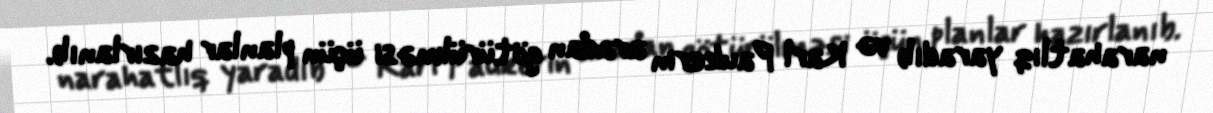
narahatlıq yaradıb və Karl Paukerin aradan götürülməsi üçün planlar hazırlanıb.